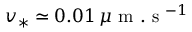
v _ { * } \simeq 0 . 0 1 \, \mu \mathrm { ~ m ~ . ~ s ~ } ^ { - 1 }